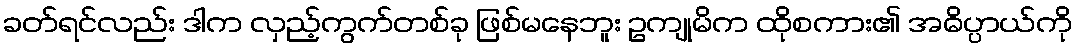
ခတ်ရင်လည်း ဒါက လှည့်ကွက်တစ်ခု ဖြစ်မနေဘူး ဥကျုမိက ထိုစကား၏ အဓိပ္ပာယ်ကို